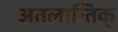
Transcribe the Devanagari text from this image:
अतलान्तिक्